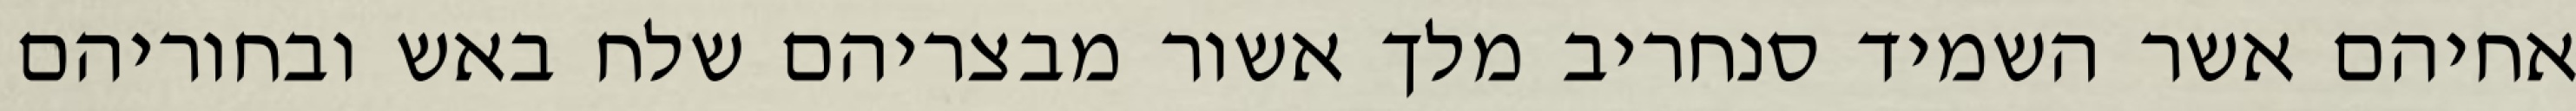
אחיהם אשר השמיד סנחריב מלך אשור מבצריהם שלח באש ובחוריהם